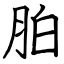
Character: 胉